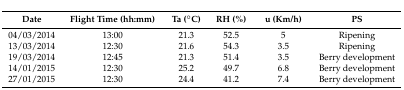
| Date | Flight Time (hh:mm) | Ta (°C) | RH (%) | u (Km/h) | PS |
 | --- | --- | --- | --- | --- | --- |
 | 04/03/2014 | 13:00 | 21.3 | 52.5 | 5 | Ripening |
 | 13/03/2014 | 12:30 | 21.6 | 54.3 | 3.5 | Ripening |
 | 19/03/2014 | 12:45 | 21.3 | 51.4 | 3.5 | Berry development |
 | 14/01/2015 | 12:30 | 25.2 | 49.7 | 6.8 | Berry development |
 | 27/01/2015 | 12:30 | 24.4 | 41.2 | 7.4 | Berry development |